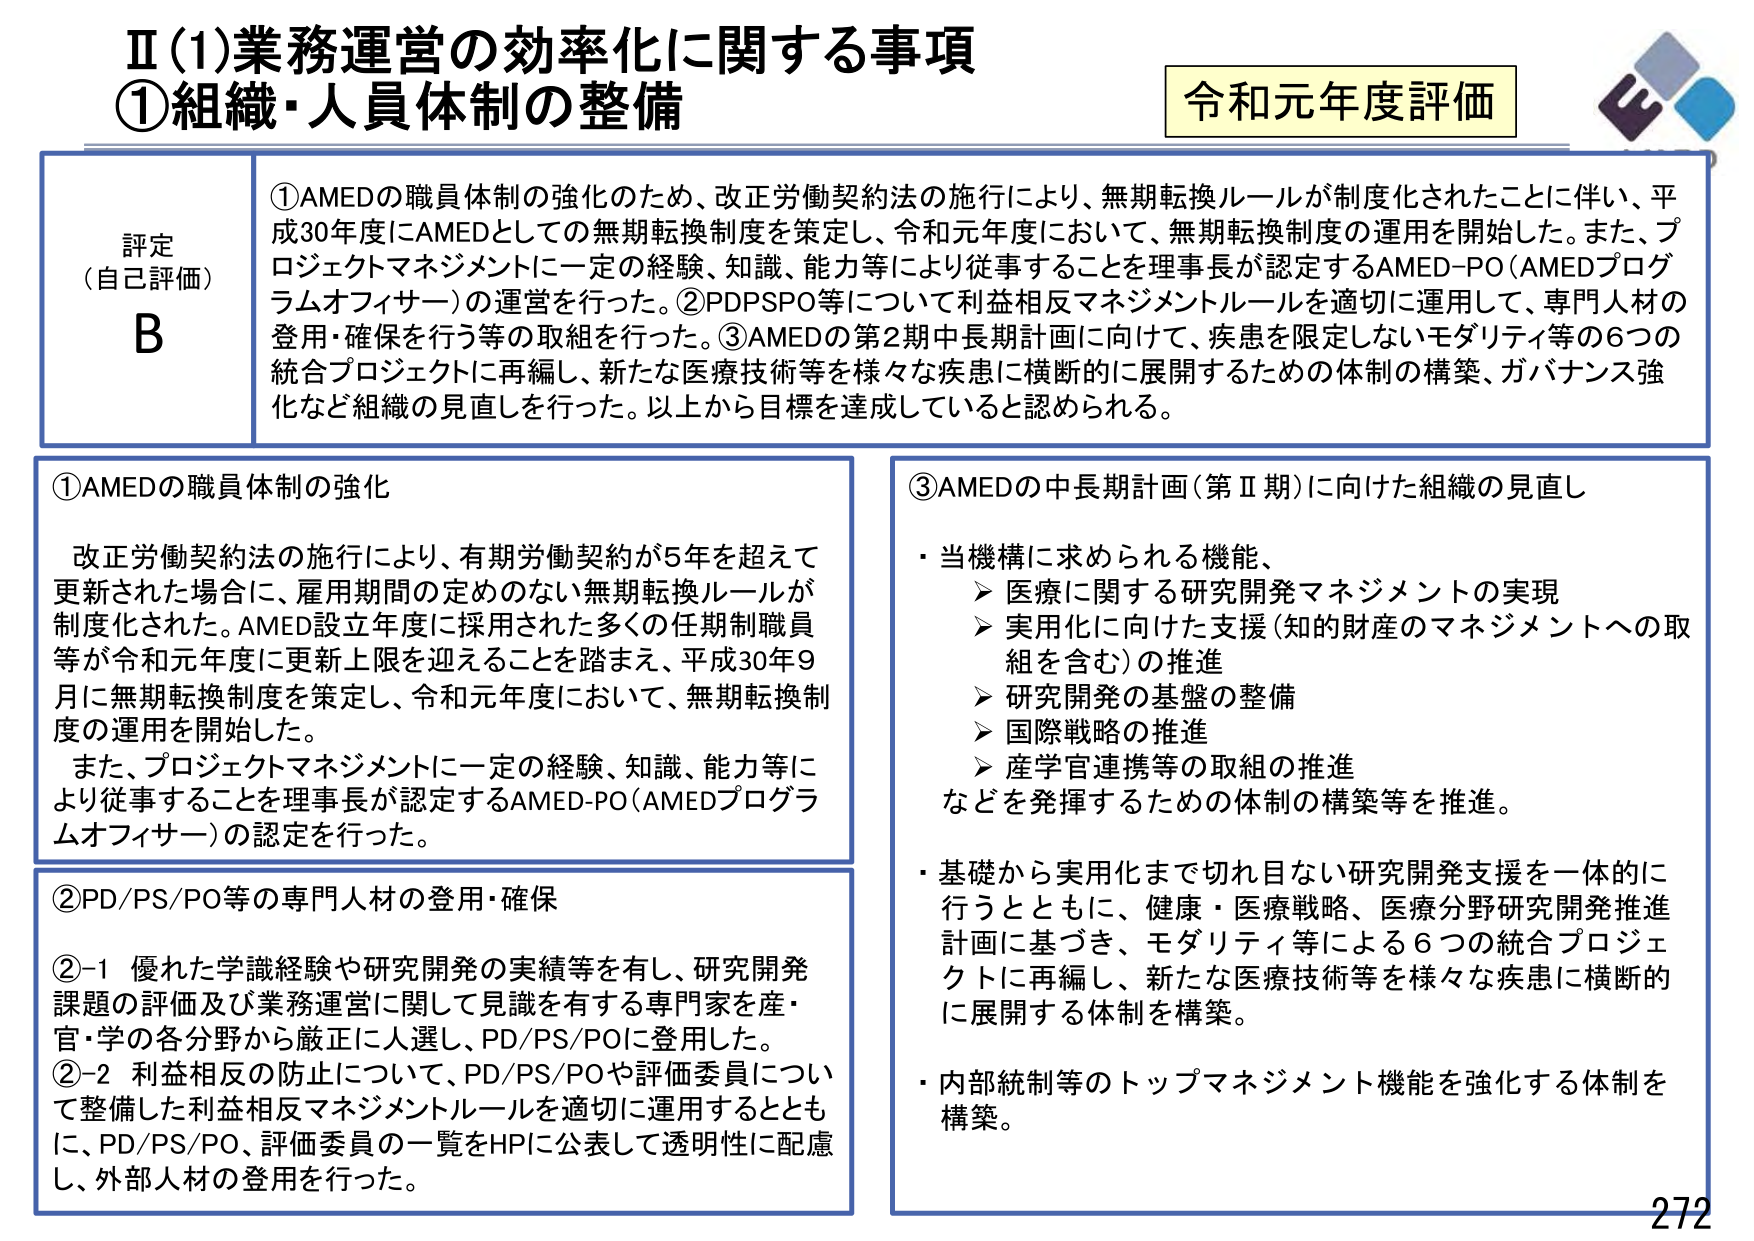
Ⅱ(1)業務運営の効率化に関する事項
①組織・人員体制の整備

令和元年度評価

評定
（自己評価）
B

①AMEDの職員体制の強化のため、改正労働契約法の施行により、無期転換ルールが制度化されたことに伴い、平成30年度にAMEDとしての無期転換制度を策定し、令和元年度において、無期転換制度の運用を開始した。また、プロジェクトマネジメントに一定の経験、知識、能力等により従事することを理事長が認定するAMED-PO（AMEDプログラムオフィサー）の運営を行った。②PD/PSP/O等について利益相反マネジメントルールを適切に運用して、専門人材の登用・確保を行う等の取組を行った。③AMEDの第2期中長期計画に向けて、疾患を限定しないモダリティ等の6つの統合プロジェクトに再編し、新たな医療技術等を様々な疾患に横断的に展開するための体制の構築、ガバナンス強化など組織の見直しを行った。以上から目標を達成していると認められる。

①AMEDの職員体制の強化
改正労働契約法の施行により、有期労働契約が5年を超えて更新された場合に、雇用期間の定めのない無期転換ルールが制度化された。AMED設立年度に採用された多くの任期制職員等が令和元年度に更新上限を迎えることを踏まえ、平成30年9月に無期転換制度を策定し、令和元年度において、無期転換制度の運用を開始した。
また、プロジェクトマネジメントに一定の経験、知識、能力等により従事することを理事長が認定するAMED-PO（AMEDプログラムオフィサー）の認定を行った。

②PD/PS/PO等の専門人材の登用・確保
②-1 優れた学識経験や研究開発の実績等を有し、研究開発課題の評価及び業務運営に関して見識を有する専門家を産・官・学の各分野から厳正に人選し、PD/PS/POに登用した。
②-2 利益相反の防止について、PD/PS/POや評価委員について整備した利益相反マネジメントルールを適切に運用するとともに、PD/PS/PO、評価委員の一覧をHPに公表して透明性に配慮し、外部人材の登用を行った。

③AMEDの中長期計画（第Ⅱ期）に向けた組織の見直し
・当機構に求められる機能、
　➤ 医療に関する研究開発マネジメントの実現
　➤ 実用化に向けた支援（知的財産のマネジメントへの取組を含む）の推進
　➤ 研究開発の基盤の整備
　➤ 国際戦略の推進
　➤ 産学官連携等の取組の推進
などを発揮するための体制の構築等を推進。
・基礎から実用化まで切れ目ない研究開発支援を一体的に行うとともに、健康・医療戦略、医療分野研究開発推進計画に基づき、モダリティ等による6つの統合プロジェクトに再編し、新たな医療技術等を様々な疾患に横断的に展開する体制を構築。
・内部統制等のトップマネジメント機能を強化する体制を構築。

272